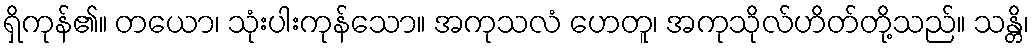
ရှိကုန်၏။ တယော၊ သုံးပါးကုန်သော။ အကုသလံ ဟေတူ၊ အကုသိုလ်ဟိတ်တို့သည်။ သန္တိ၊